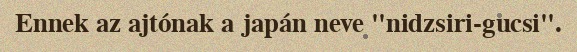
Ennek az ajtónak a japán neve "nidzsiri-gucsi".